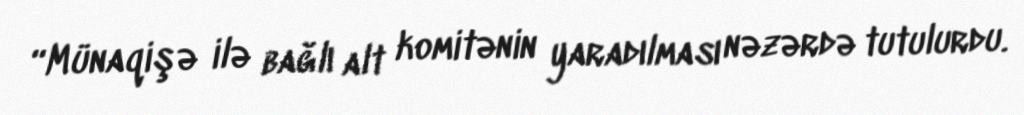
“Münaqişə ilə bağlı alt komitənin yaradılması nəzərdə tutulurdu.